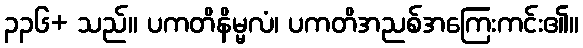
၃၃၆+ သည်။ ပကတိနိမ္မလံ၊ ပကတိအညစ်အကြေးကင်း၏။